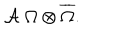
{ \cal A } \; \Omega \otimes \overline { { { \Omega } } } .